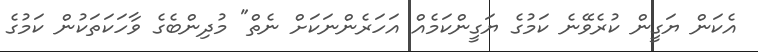
އެކަން ޔަގީން ކުރެވޭނެ ކަމުގެ ޔަގީންކަމެއް އަހަރެންނަކަށް ނެތް" މުދިންބެގެ ވާހަކަތަކުން ކަމުގެ